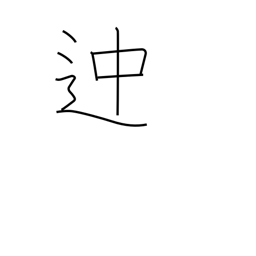
Meaning: some way or other